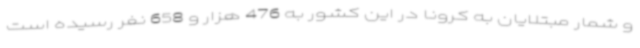
و شمار مبتلایان به کرونا در این کشور به 476 هزار و 658 نفر رسیده است